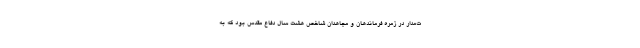
ت‌مدار در زمره فرماندهان و مجاهدان شاخص هشت سال دفاع مقدس بود که به